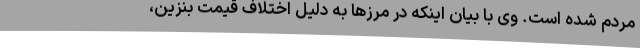
مردم شده است. وی با بیان اینکه در مرزها به دلیل اختلاف قیمت بنزین،